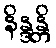
နိန္ဒန္တိ